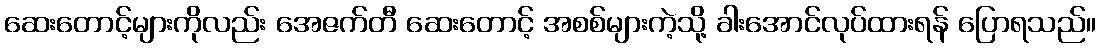
ဆေးတောင့်များကိုလည်း အေဇက်တီ ဆေးတောင့် အစစ်များကဲ့သို့ ခါးအောင်လုပ်ထားရန် ပြောရသည်။